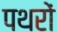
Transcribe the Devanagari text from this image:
पथरों